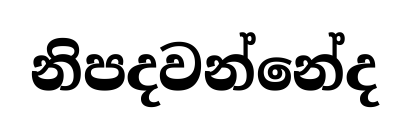
නිපදවන්නේද